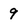
Character: 9